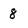
Character: 8